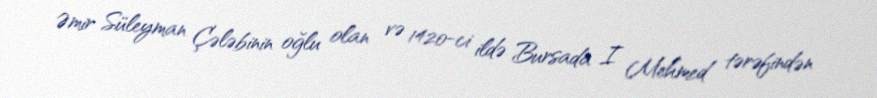
Əmir Süleyman Çələbinin oğlu olan və 1420-ci ildə Bursada I Mehmed tərəfindən